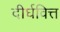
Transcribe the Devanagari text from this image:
दीर्घवित्त